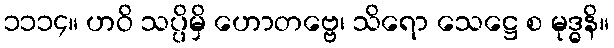
၁၁၁၄။ ဟဝိ သပ္ပိမှိ ဟောတဗ္ဗေ၊ သိရော သေဋ္ဌေ စ မုဒ္ဓနိ။